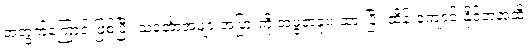
အတွက်ကြောင့် ဖြစ်ပြီး သင်္ဘောအများအပြားကို အဖွဲ့တခုပဲ ထားပြီး ထိန်းကျောင်းနိုင်တဲ့အထိ